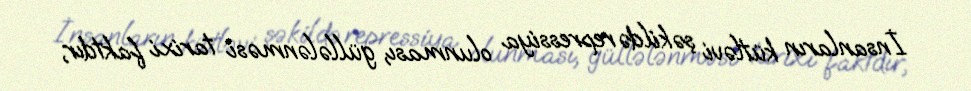
İnsanların kütləvi şəkildə repressiya olunması, güllələnməsi tarixi faktdır,